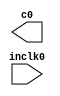
module clksrc (
	inclk0,
	c0);

	input	  inclk0;
	output	  c0;

endmodule